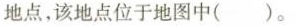
地点，该地点位于地图中( )。